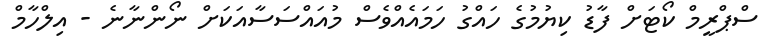
ސްޕްރީމް ކޯޓަށް ފާޑު ކިޔުމުގެ ހައްގު ހަމައެއްވެސް މުއައްސަސާއަކަށް ނޯންނާނެ - އިލްހާމް